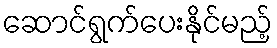
ဆောင်ရွက်ပေးနိုင်မည့်